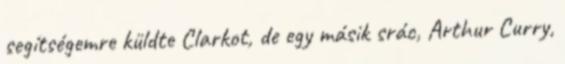
segítségemre küldte Clarkot, de egy másik srác, Arthur Curry,